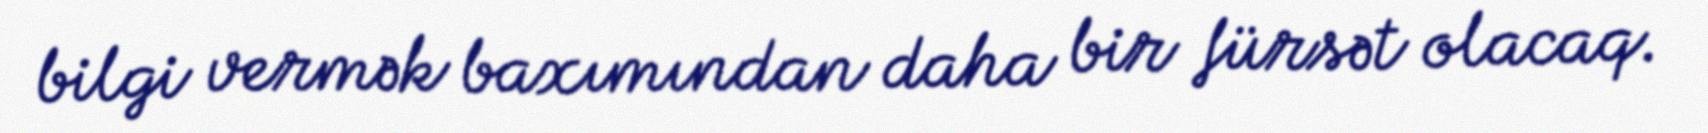
bilgi vermək baxımından daha bir fürsət olacaq.